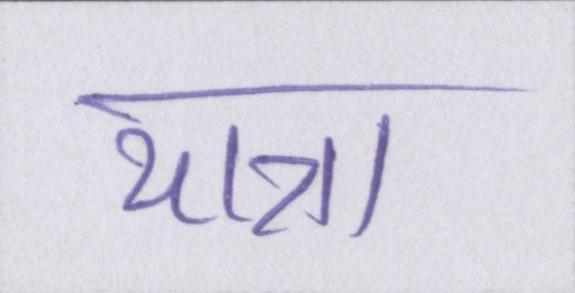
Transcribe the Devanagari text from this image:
यात्रा